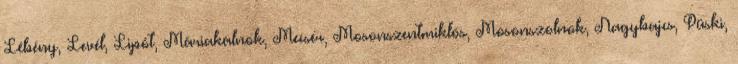
Lébény, Levél, Lipót, Máriakálnok, Mecsér, Mosonszentmiklós, Mosonszolnok, Nagybajcs, Püski,